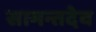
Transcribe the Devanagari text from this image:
सामन्तदेव